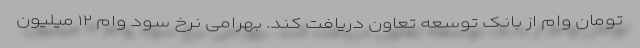
تومان وام از بانک توسعه تعاون دریافت کند. بهرامی نرخ سود وام ۱۲ میلیون